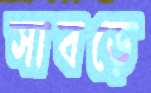
সাবড়ে